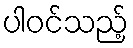
ပါဝင်သည့်